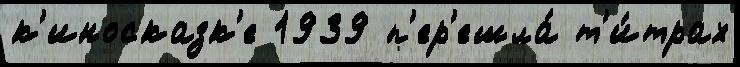
к'иносказк'е 1939 п'ер'ешла́ т'и́трах